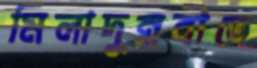
মিলাদুন্নবীতে